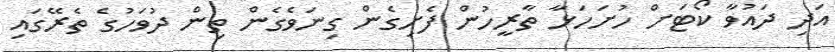
އަދި ދައުވާ ކޯޓަށް ހުށަހަޅާ ތާރީހުން ފެށިގެން ގިނަވެގެން ތިން ދުވަހުގެ ތެރޭގައި